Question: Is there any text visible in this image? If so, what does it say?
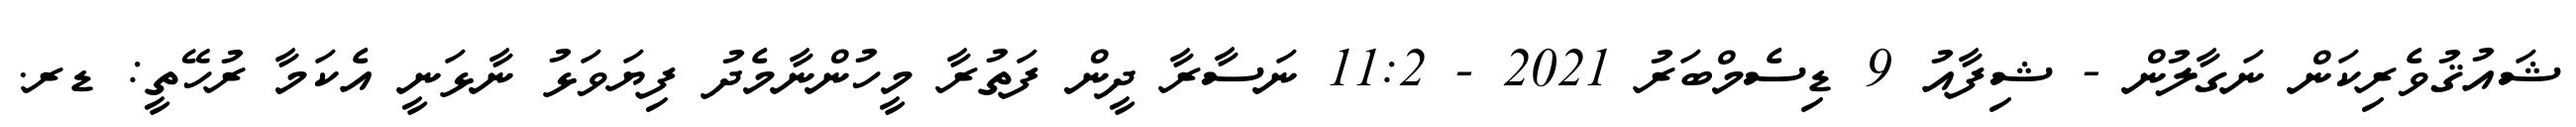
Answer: ޝައުޤުވެރިކަން ނަގާލުން - ޝިފާއު 9 ޑިސެމްބަރު 2021 - 11:2 ނަސާރާ ދީން ފަތުރާ މީހުންނާމެދު ފިޔަވަޅު ނާޅަނީ އެކަމާ ރުހޭތީ: ޑރ.